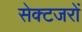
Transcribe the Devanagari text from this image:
सेक्टजरों